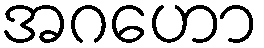
အဂဟော